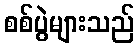
စစ်ပွဲများသည်